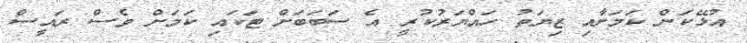
އުޅޭކަން ކަމަށާއި ޒިޔަތު ހައްޔަރުކުރީ އެ ސަބަބަށް ޓަކައި ކަމަށް ވެސް ރައީސް